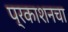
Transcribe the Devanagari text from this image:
प्रकाशनचा